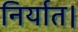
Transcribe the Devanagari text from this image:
निर्यात।